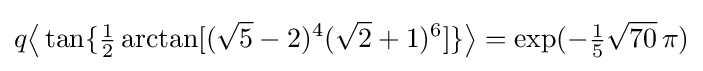
q{\bigl \langle }\tan\{{\tfrac {1}{2}}\arctan[({\sqrt {5}}-2)^{4}({\sqrt {2}}+1)^{6}]\}{\bigr \rangle }=\exp(-{\tfrac {1}{5}}{\sqrt {70}}\,\pi )